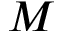
M